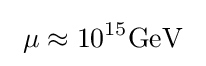
\ \mu \approx 10^{15}\mathrm {GeV} ~